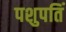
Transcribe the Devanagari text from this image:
पशुपतिं